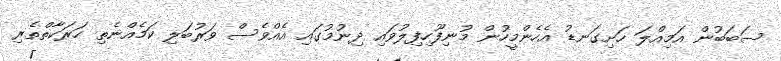
ސަބަބުން އަމިއްލަ ހަށިގަނޑު އެހެންމީހުން މުނިފޫހިފިލުވައި ދިނުމުގައި އެއްވެސް ވަރުބަލި ކަމެއްނެތި ހަރަކާތްތެރި